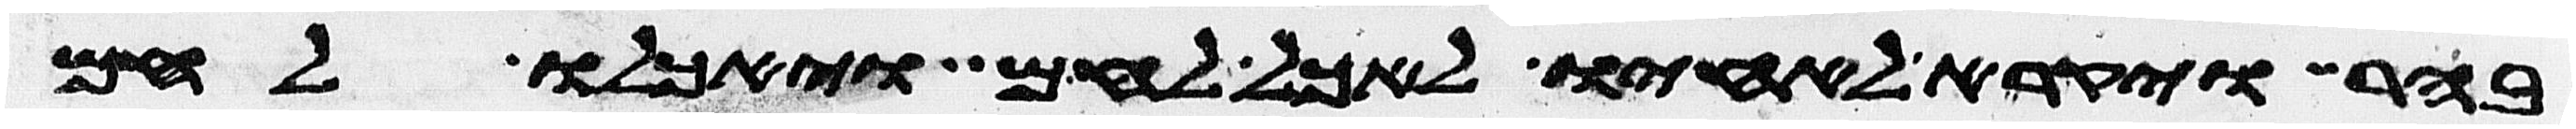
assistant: בהר ויקרא לאחיו לאכל לחם ויאכלו לחם